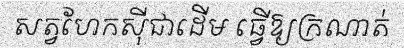
សត្វហែកស៊ីជាដើម ធ្វើឱ្យក្រណាត់